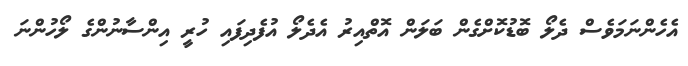
އެހެންނަމަވެސް ދެލޯ ބޮޑުކޮށްގެން ބަލަން އޮތްއިރު އެދެލޯ އުފެދިފައި ހުރީ އިންސާނުންގެ ލޯހުންނަ